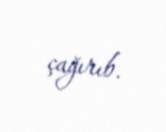
çağırıb.